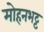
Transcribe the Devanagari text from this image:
मोहनभट्ट